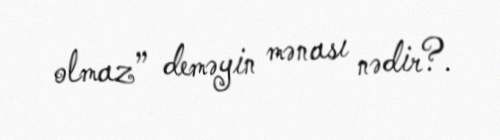
olmaz” deməyin mənası nədir?.